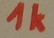
Text: 1K